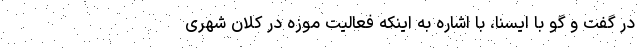
در گفت و گو با ایسنا، با اشاره به اینکه فعالیت موزه در کلان شهری